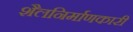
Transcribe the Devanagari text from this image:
शैलनिर्माणकारी